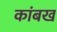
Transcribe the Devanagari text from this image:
कांबख